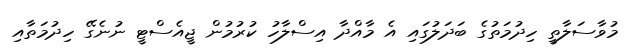
މުވާސަލާތީ ހިދުމަތުގެ ބަދަލުގައި އެ މާއްދާ އިސްލާހު ކުރުމުން ޖީއެސްޓީ ނުނެގޭ ހިދުމަތާއި